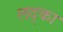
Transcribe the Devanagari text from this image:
लद्का